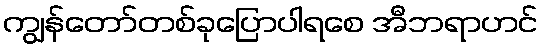
ကျွန်တော်တစ်ခုပြောပါရစေ အီဘရာဟင်